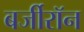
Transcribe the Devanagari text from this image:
बर्जीरॉन